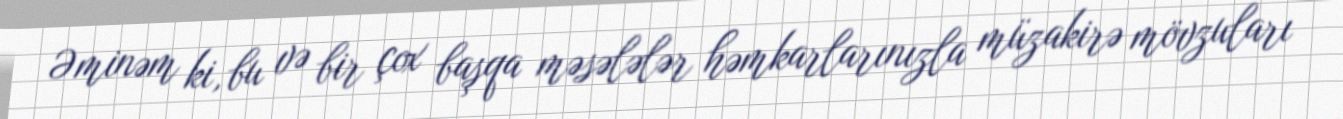
Əminəm ki, bu və bir çox başqa məsələlər həmkarlarınızla müzakirə mövzuları